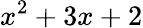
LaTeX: x^{2}+3x+2